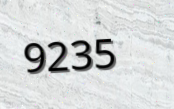
9235